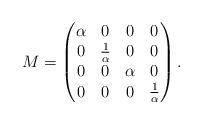
LaTeX: \begin{align*}M = \begin{pmatrix}\alpha & 0 & 0 & 0\\0 & \frac{1}{\alpha} & 0 & 0\\0 & 0 & \alpha & 0\\0 & 0 & 0 & \frac{1}{\alpha}\end{pmatrix}.\end{align*}